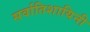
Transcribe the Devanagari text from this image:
सर्वातिशायिनी